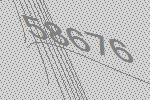
58676